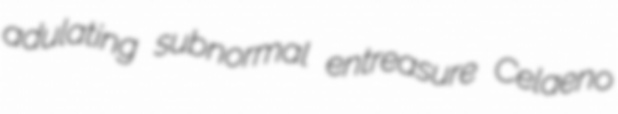
adulating subnormal entreasure Celaeno